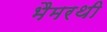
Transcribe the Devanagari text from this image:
भैमरथी